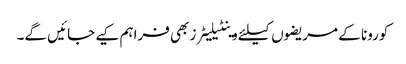
کورونا کے مریضوں کیلئے وینٹیلیٹرز بھی فراہم کیے جائیں گے۔